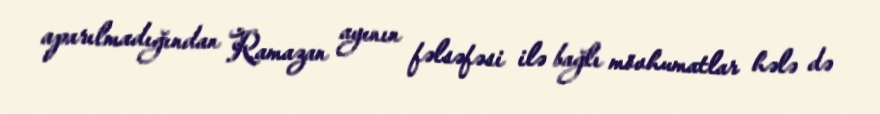
aparılmadığından Ramazan ayının fəlsəfəsi ilə bağlı mövhumatlar hələ də